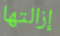
إزالتها